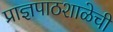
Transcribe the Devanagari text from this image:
प्राज्ञपाठशाळेची